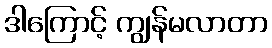
ဒါကြောင့် ကျွန်မလာတာ